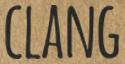
CLANG